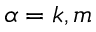
\alpha = k , m